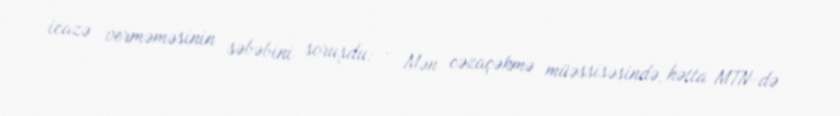
icazə verməməsinin səbəbini soruşdu: - Mən cəzaçəkmə müəssisəsində, hətta MTN-də